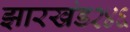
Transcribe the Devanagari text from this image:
झारखंड२४६